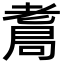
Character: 𦓁